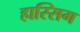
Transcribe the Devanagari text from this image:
हास्सिग